Medical and sanitary report of the native army of Bengal for the year
Year: 1878
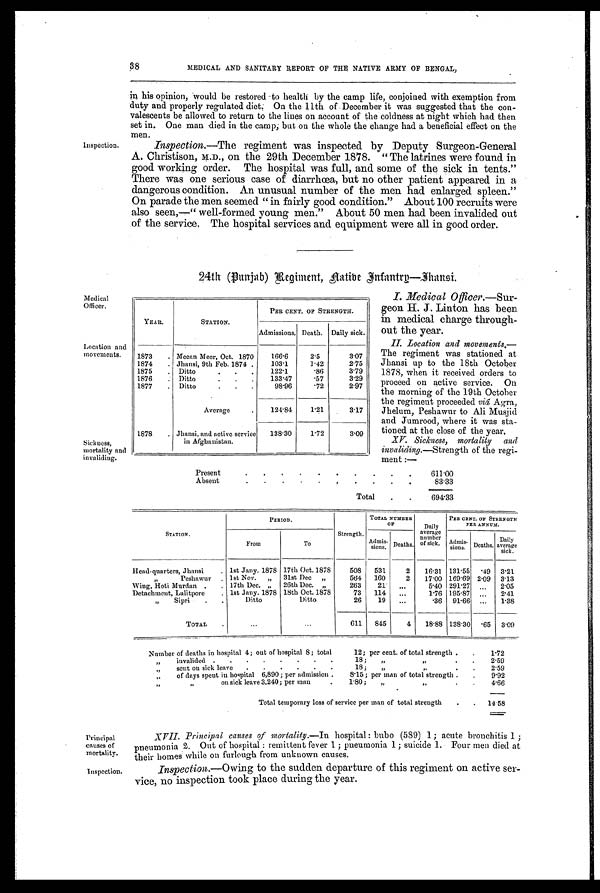
Inspection.
3 8
MEDICAL AND SANITARY REPORT OF THE NATIVE ARMY OF BENGAL,
in his opinion, would be restored to health by the camp life, conjoined with exemption from
duty and properly reulated diet: On the 11th of December it was suggested that the con-
valescents be allowed to return to the lines on account of the coldness at night which had then
set in. One man died in the camp ; but on the whole the change had a beneficial effect on the
men.
Inspection.—The regiment was inspected by Deputy Surgeon-General
A. Christison, on the 29th December 1878. " The latrines were found in
good working order. The hospital was full, and some of the sick in tents."
There was one serious case of diarrhœa, but no other patient appeared in a
dangerous condition. An unusual number of the men had enlarged spleen."
On parade the men seemed " in fairly good condition." About 100 recruits were
also seen,—" well-formed young men. About 50 men had been invalided out
of the service. The hospital services and equipment were all in good order.
Medical
Officer.
Location and
movements.
Sickness,
mortality and
invaliding.
24th (Punjab) Regiment, Native Infantry—Thansi.
I. Medical Officer.—Sur
- g e o n H . J . L i n t o n h a s b e e n
in medical charge through
- o u t t h e y e a r .
II. Location and movements
. —
T h e r e g i m e n t w a s s t a t i o n e d a t
Jhansi up to the 18th October
1878, when it received orders to
proceed on active service. On
the morning of the 19th October
the regiment proceeded viâ Agra,
Jhelum, Peshawur to Ali Musjid
and Jumrood, where it was sta
- t i o n e d a t t h e c l o s e o f t h e y e a r .
XV. Sickness, mortality and
invaliding.—Strength of the regi
- m e n t : —
YEAR.
STATION.
PER CENT. OF STRENGTH.
Admissions. Death. Daily sick.
1873 . Meean Meer, Oct. 1870
166.6
2.5
3.07
1874 . Jhansi, 9th Feb. 1874
.
103.1
1.42
2.75
1875 . Ditto.
. .
122.1
. 8 6 3.79
1876 . Ditto.
.
.
133.47
. 5 7 3.29
1877 . Ditto.
.
.
98.96
. 7 2 2.97
1878 .
Average
.
Jhansi, and active service
in Afghanistan.
124.84
1.21
3.17
138.30
1.72
3.09
Present
.
.
.
.
. .
.
. .
.
611.00
Absent
.
.
.
.
.
.
.
. .
.
83.33
Total
. .
6 9 4 . 3 3
STATION.
PERIOD.
Strength.
TOTAL NUMBER
OF
Daily
average
number
of sick.
PER CENT. OF STRENGTH
PER ANNUM.
From
To
Admis
-sions. Deaths.
Admi
s- sions. Deaths.
Daily
average
sick.
Head-quarters, Jhansi
. 1st Jany. 1878 17th Oct. 1878
508 531
2 16.31 131.55 .49 3.21
„ Peshawur . 1st Nov. „ 31st Dec „
564 160
2 17.00 169.69 2.09 3.13
Wing, Hoti Murdan . . 17th Dec. „ 26th Dec. „
263
21
. . .
5.40 291.27 ... 2.05
Detachment, Lalitpore
. 1st Jany. 1878 18th Oct. 1878
73 114
. . .
1.76 195.87 ... 2.41
„ Sipri
. .
Ditto
Ditto.
26
19 ...
.36 91.66 ... 1.38
TOTAL
.
...
...
611 845
4 18.88 138.30
. 65 3.09
Number of deaths in hospital 4 ; out of hospital 8 ; total
12 ; per cent. of total strength . . 1.72
„
invalided . .
. . . . . .
18 ;
„ „
. . 2.59
„
sent on sick leave . .
. . . .
18 ; „
„
. . 2.59
„
of days spent in hospital 6,890 ; per admission .
8.15 ; per man of total strength . . 9.92
„
„ on sick leave 3,240 ; per man
.
1.80; „
„
. . 4.66
Total temporary loss of service per man of total strength
.
. 1 4 . 5 8
Principal
causes of
mortality.
Inspection.
XVI I . P r i n c i p a l c a u s e s o f mo r t a l i t y . —I n h o s p i t a l : b u b o ( 5 8 9 ) 1 ; a c u t e b r o n c h i t i s 1 ;
pneumonia 2. Out of hospital : remittent fever 1 ; pneumonia 1 ; suicide 1. Four men died at
their homes while on furlough from unknown causes.
Inspection.— Owing to the sudden departure of this regiment on active ser
-vice, no inspection took place during the year.